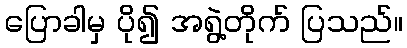
ပြောခါမှ ပို၍ အရွဲ့တိုက် ပြသည်။